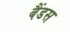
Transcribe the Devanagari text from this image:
बैंडस